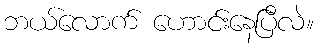
ဘယ်လောက် ဟောင်းနေပြီလဲ။